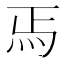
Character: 𬉻